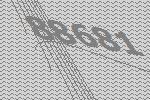
88681